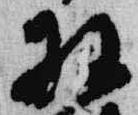
羽